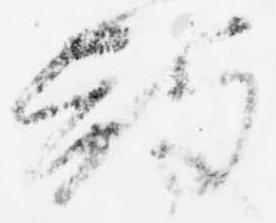
散